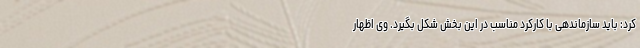
کرد: باید سازماندهی با کارکرد مناسب در این بخش شکل بگیرد. وی اظهار